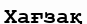
Хағзақ